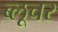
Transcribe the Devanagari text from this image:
ब्लूचर